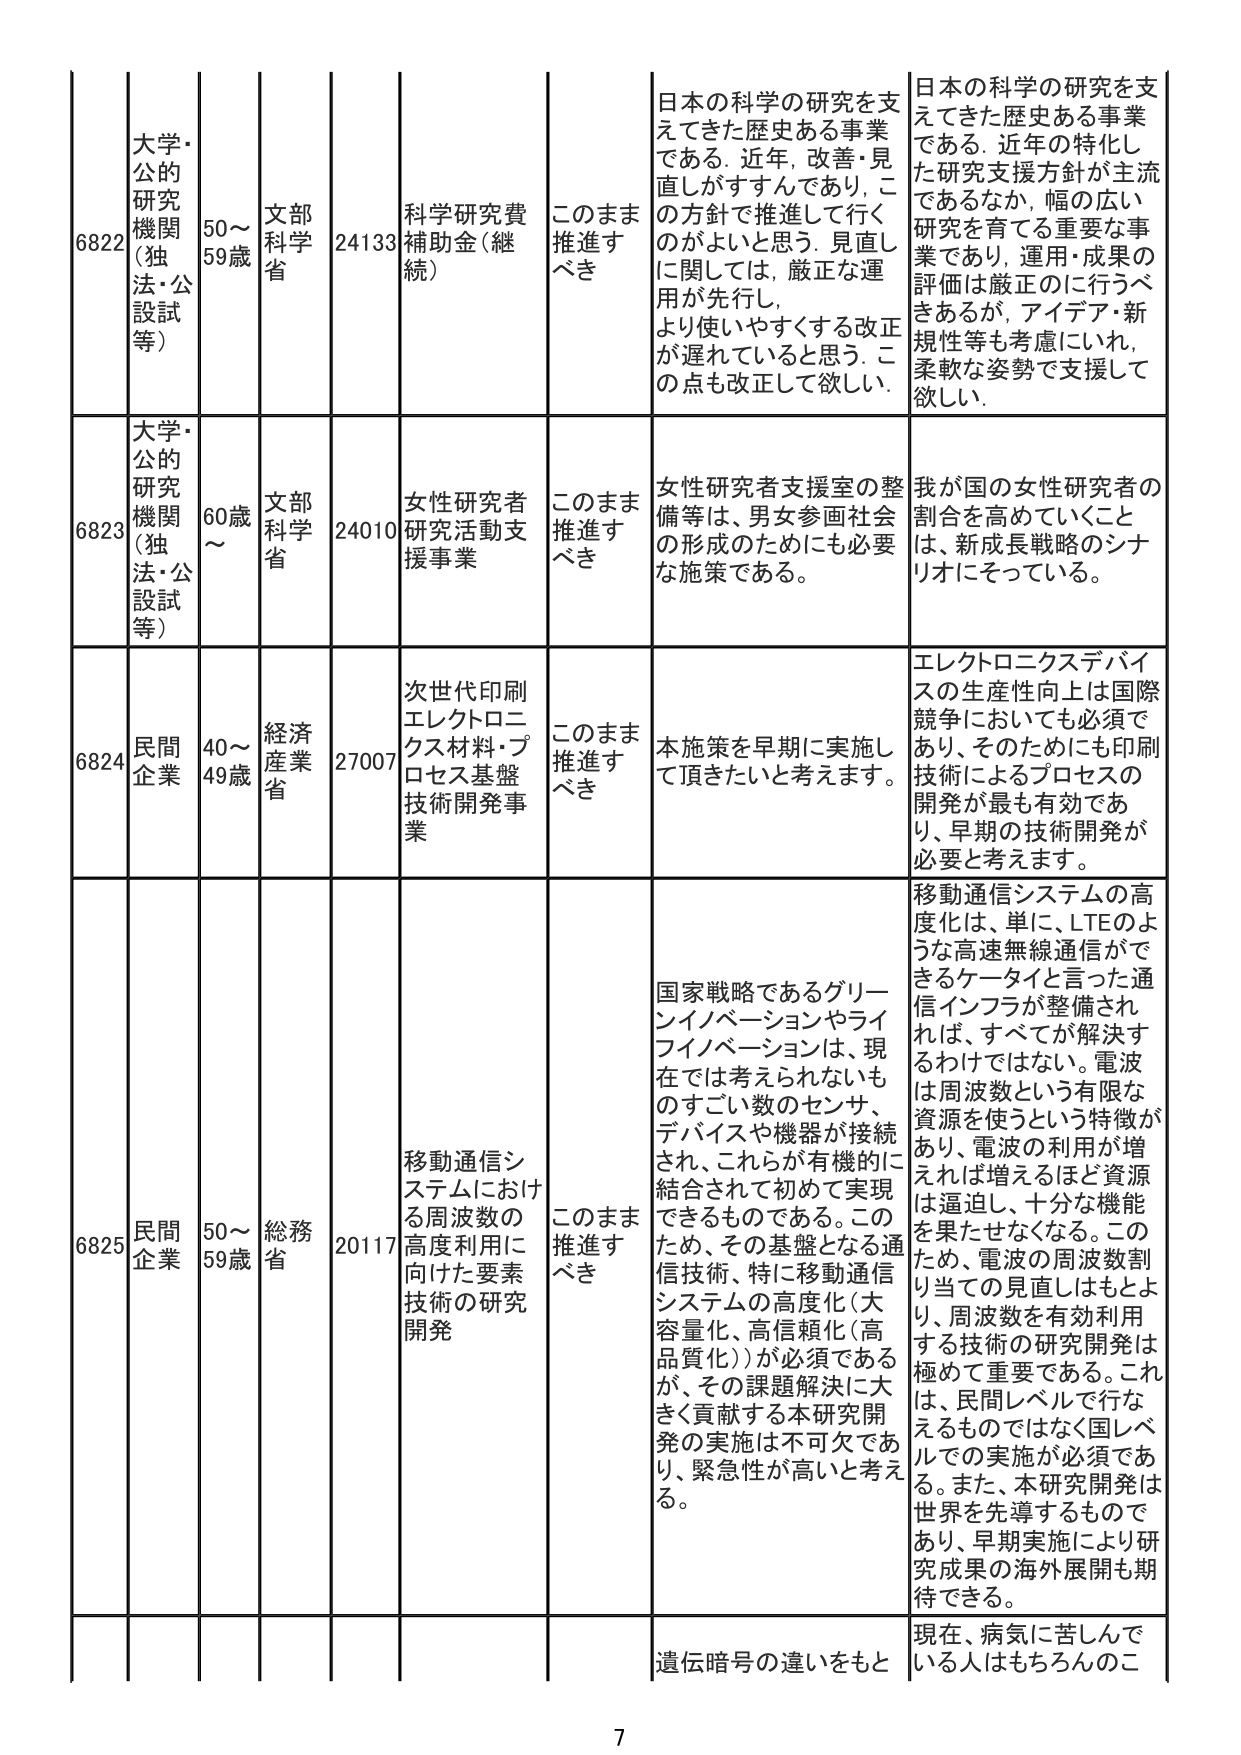
6822 大学・公的研究機関（独法・公設試等） 50～59歳 文部科学省 24133 科学研究費補助金（継続） このまま推進すべき 日本の科学の研究を支えてきた歴史ある事業である。近年、改善・見直しがすすんでおり、この方針で推進して行くのがよいと思う。見直しに関しては、厳正な運用が先行し、より使いやすくする改正が遅れていると思う。この点も改正して欲しい。 日本の科学の研究を支えてきた歴史ある事業である。近年の特化した研究支援方針が主流であるなか、幅の広い研究を育てる重要な事業であり、運用・成果の評価は厳正に行うべきであるが、アイデア・新規性等も考慮にいれ、柔軟な姿勢で支援して欲しい。

6823 大学・公的研究機関（独法・公設試等） 60歳～ 文部科学省 24010 女性研究者研究活動支援事業 このまま推進すべき 女性研究者支援室の整備等は、男女参画社会の形成のためにも必要な施策である。 我が国の女性研究者の割合を高めていくことは、新成長戦略のシナリオにそっている。

6824 民間企業 40～49歳 経済産業省 27007 次世代印刷エレクトロニクス材料・プロセス基盤技術開発事業 このまま推進すべき 本施策を早期に実施して頂きたいと考えます。 エレクトロニクスデバイスの生産性向上は国際競争においても必須であり、そのためにも印刷技術によるプロセスの開発が最も有効であり、早期の技術開発が必要と考えます。

6825 民間企業 50～59歳 総務省 20117 移動通信システムにおける周波数の高度利用に向けた要素技術の研究開発 このまま推進すべき 国家戦略であるグリーンイノベーションやライフイノベーションは、現在では考えられないものすごい数のセンサ、デバイスや機器が接続され、これらが有機的に結合されて初めて実現できるものである。このため、その基盤となる通信技術、特に移動通信システムの高度化（大容量化、高信頼化（高品質化））が必須であるが、その課題解決に大きく貢献する本研究開発の実施は不可欠であり、緊急性が高いと考える。 移動通信システムの高度化は、単に、LTEのような高速無線通信ができるケータイと言った通信インフラが整備されれば、すべてが解決するわけではない。電波は周波数という有限な資源を使うという特徴があり、電波の利用が増えれば増えるほど資源は逼迫し、十分な機能を果たせなくなる。このため、電波の周波数割り当ての見直しはもとより、周波数を有効利用する技術の研究開発は極めて重要である。これは、民間レベルで行なえるものではなく国レベルでの実施が必須である。また、本研究開発は世界を先導するものであり、早期実施により研究成果の海外展開も期待できる。

遺伝暗号の違いをもと 現在、病気に苦しんでいる人はもちろんのこ

7